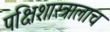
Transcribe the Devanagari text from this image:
पक्षिशास्त्रालाच